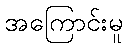
အကြောင်းမူ